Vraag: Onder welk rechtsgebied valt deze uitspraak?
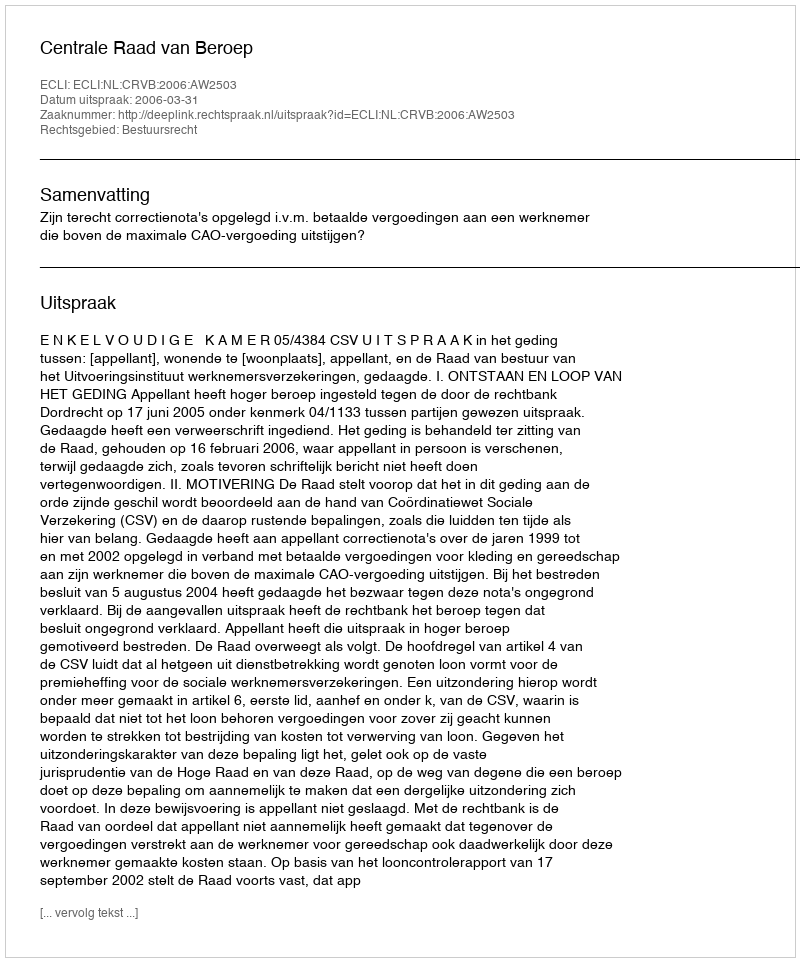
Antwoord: Bestuursrecht